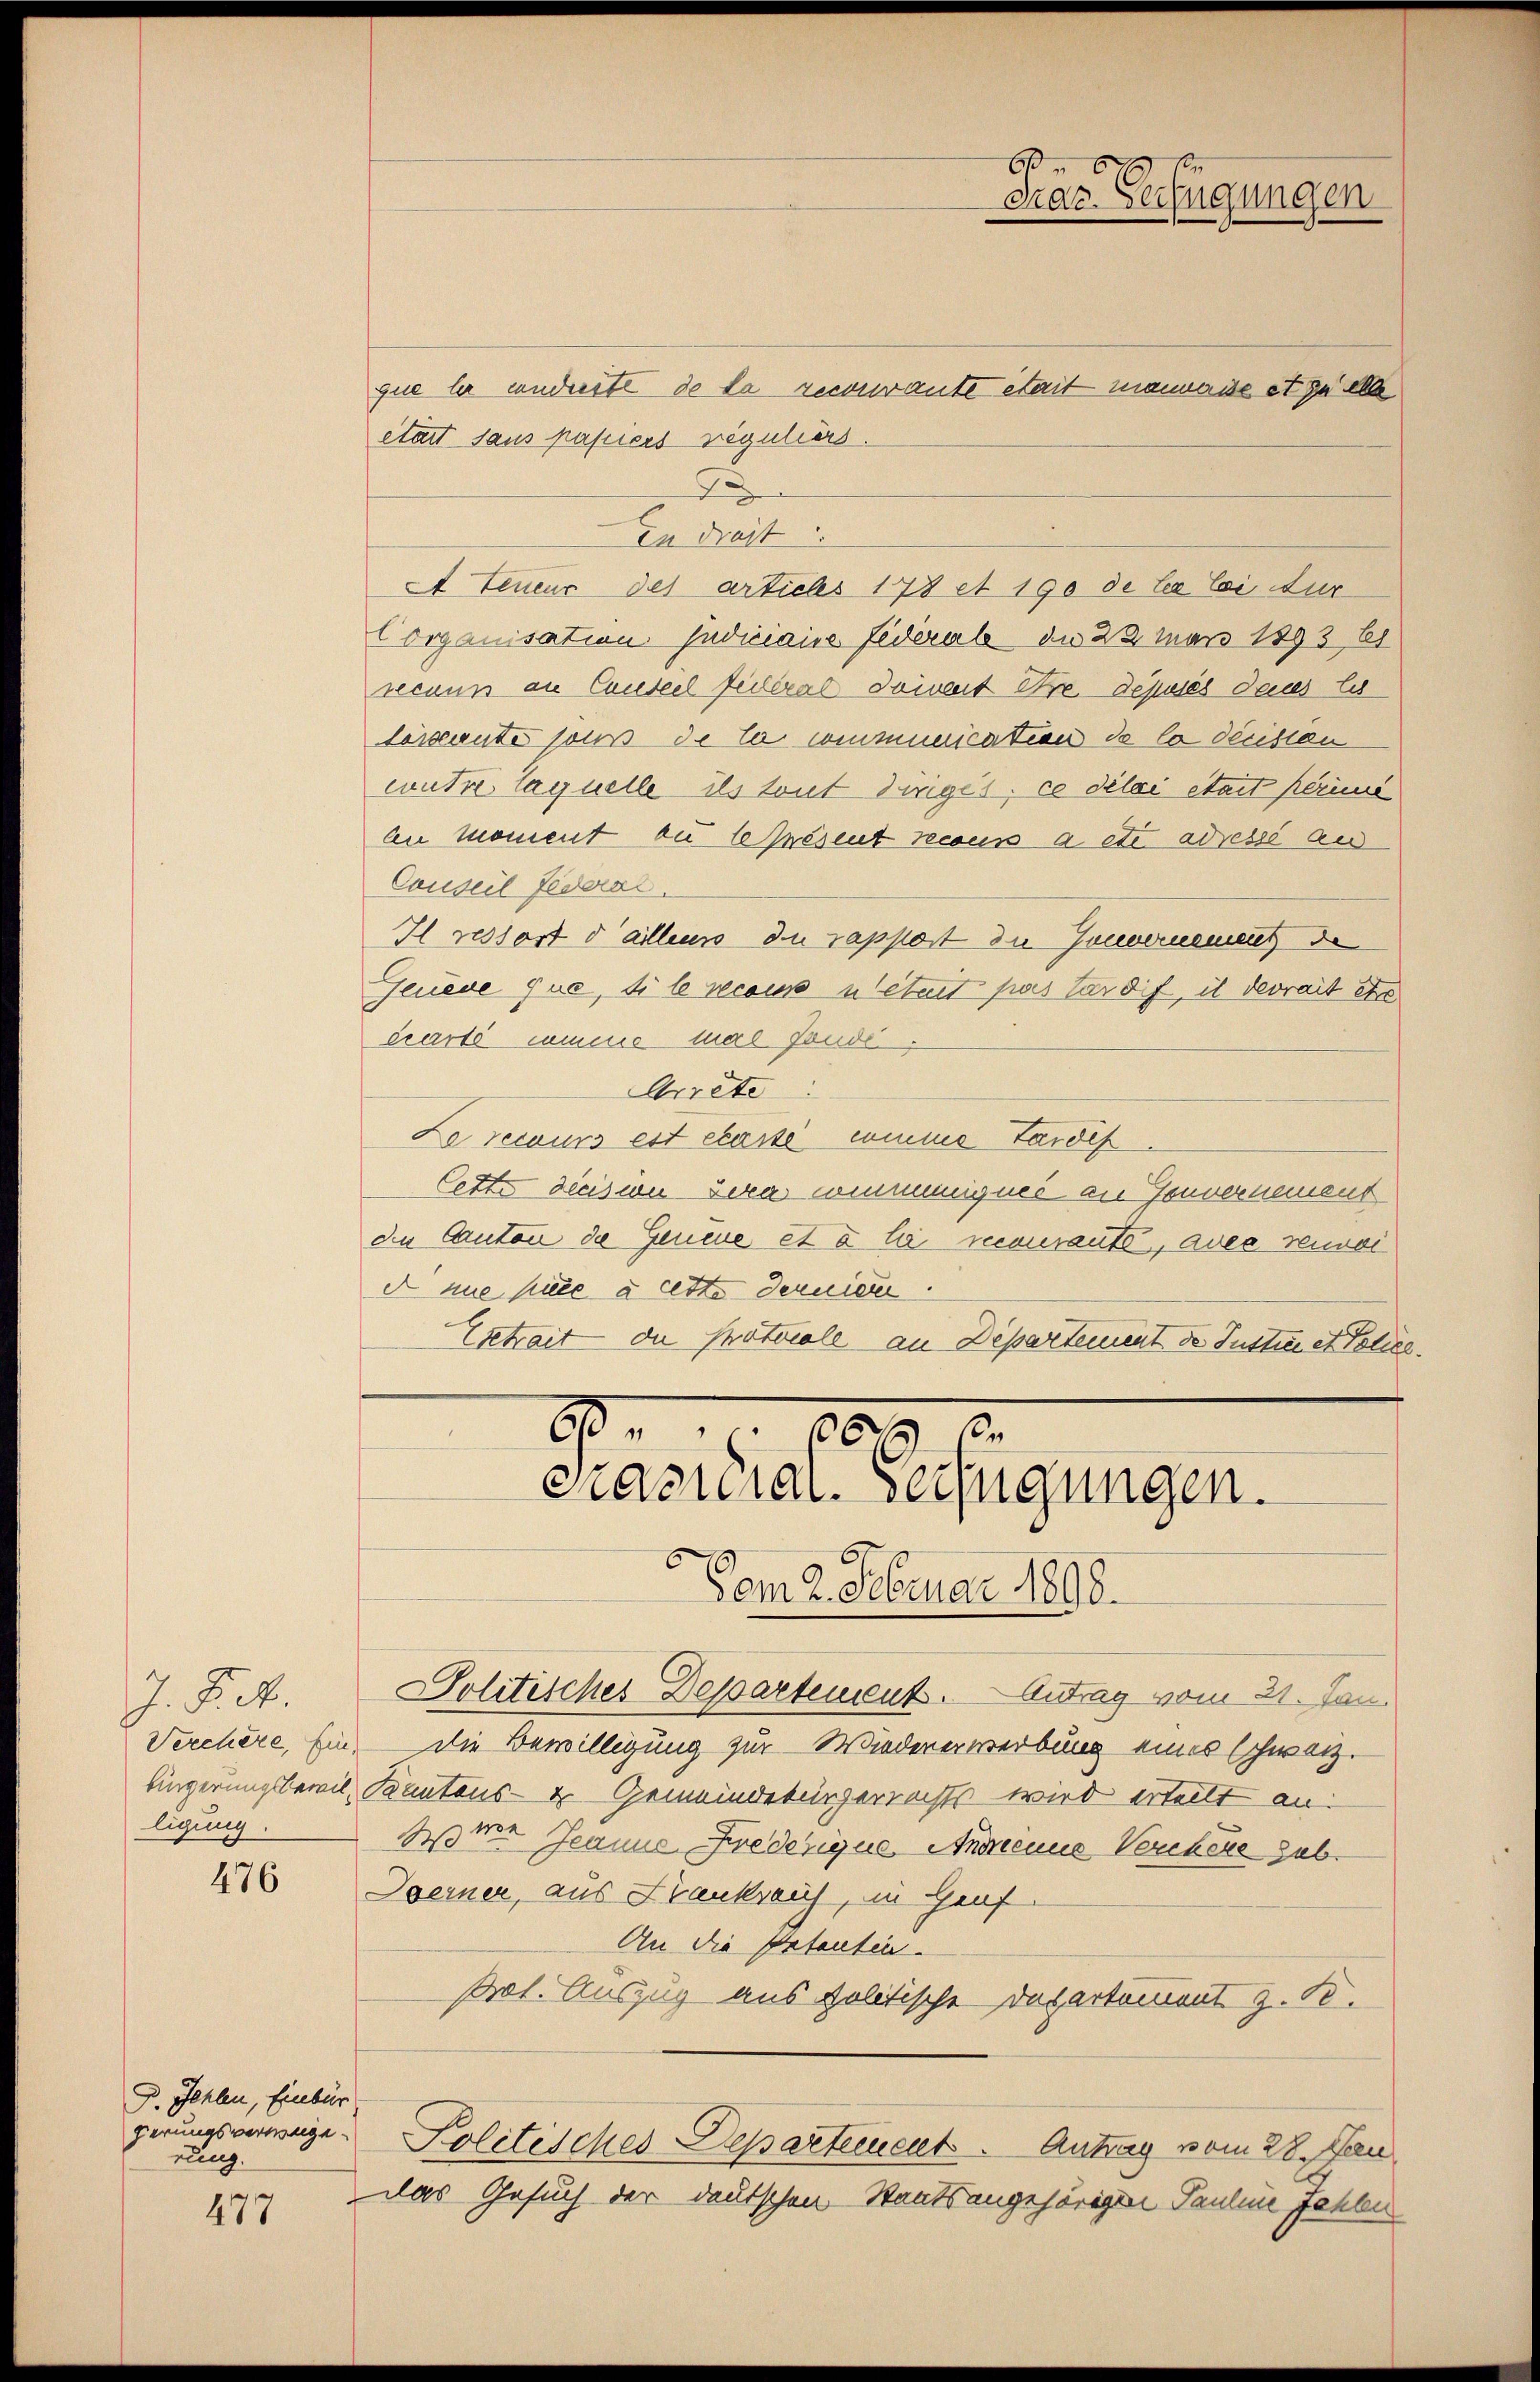
J. P. M.
ligung.

476

D. Fehlen, Einbür
perungsverweige
rung.

477

que le conderte de la recourante était manweise et puelle
était sans passiers reguliers.
2
In drast
A teneur des articles 178 et 190 de liebei dur
Corganisation. Indiciaire Federab die 23 März 1893 bi
secuns an Canteil fédéral Seinent Ure Depuses dans Es
dersante sous de la communication de la décistan
wuhre laquelle ils tout diriges, ce diloi était perime
An Moment zu présent recous a etc adressé au
Conseil Federat.
I restost daillens du rappost die Gouvernement de
Feuere que, di le recours utetest pas tardis, il devrait etc
écarté comme mal fonde
Arrete
Le recours est etassé comme tardif.
Cette decision sera communignes an Gouvernement
de Canton de Geneue et à la recomante, avec verwaid nie hire à cette dernieren.
Extrait die Protocole an Departement de Justi et Police
9
66

Her
Das Verfügungen

Vom 2. Februar 1898.
Politisches Departement. Antrag vom 21. Jan
Verchère, Ein die Bewilligung zur Wiedererwerbung eines Schwarzfingerungsbewil, Kantons- & Gemeindekürzerrichts wird ertellt an:
mr Jeanne Fredesique Anweine Verehere sub.
Doerner, aus Krankraus, in Graf
An die Patenten.
Prot. Auszug aus politische Departement z. B.
Politisches Departement. Antrag vom 28. Jan
Das Gesuch der deutschen Staatsangehörigen Pauline Jahren

Präsidial-Verfügungen.